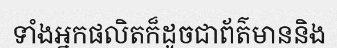
ទាំងអ្នកផលិតក៏ដូចជាព័ត៌មាននិង